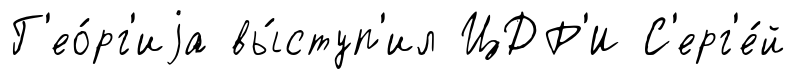
Г'ео́рг'иjа вы́ступ'ил ЦДР'И С'ерг'е́й